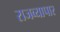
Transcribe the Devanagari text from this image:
राजव्यापार